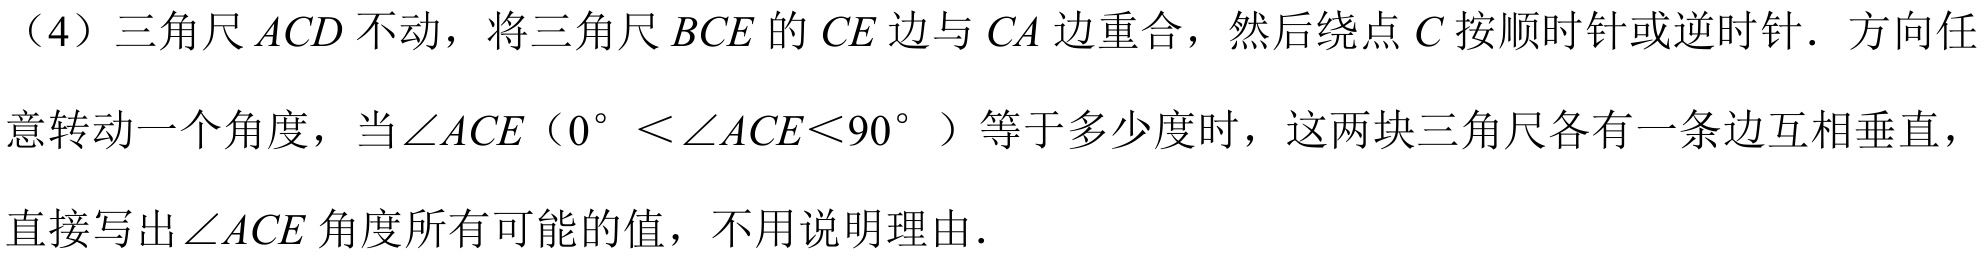
（4）三角尺\(ACD\)不动，将三角尺\(BCE\)的\(CE\)边与\(CA\)边重合，然后绕点\(C\)按顺时针或逆时针. 方向任意转动一个角度，当\(\angle ACE\)（\(0^{\circ}<\angle ACE<90^{\circ}\)）等于多少度时，这两块三角尺各有一条边互相垂直，直接写出\(\angle ACE\)角度所有可能的值，不用说明理由.